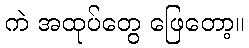
ကဲ အထုပ်တွေ ဖြေတော့။